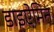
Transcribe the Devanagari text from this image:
डाइऐमिन